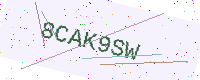
Text: 8CAK9SW